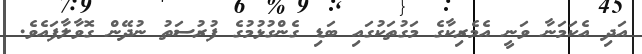
އަދި އެކަމަނާ ވަނީ އެމެރިކާގެ މަގުތަކުގައި ބަޑި ގެންގުޅުމުގެ ފުރުސަތު ނުދޭން ގޮވާލާފައެވެ.